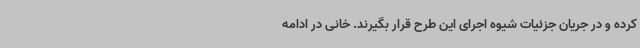
کرده و در جریان جزئیات شیوه اجرای این طرح قرار بگیرند. خانی در ادامه